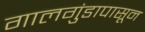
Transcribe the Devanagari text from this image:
गालगुंडापासून